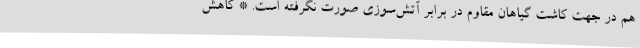
هم در جهت کاشت گیاهان مقاوم در برابر آتش‌سوزی صورت نگرفته است. * کاهش